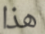
هذا